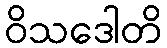
ဝိသဒေါတိ